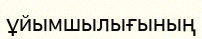
ұйымшылығының